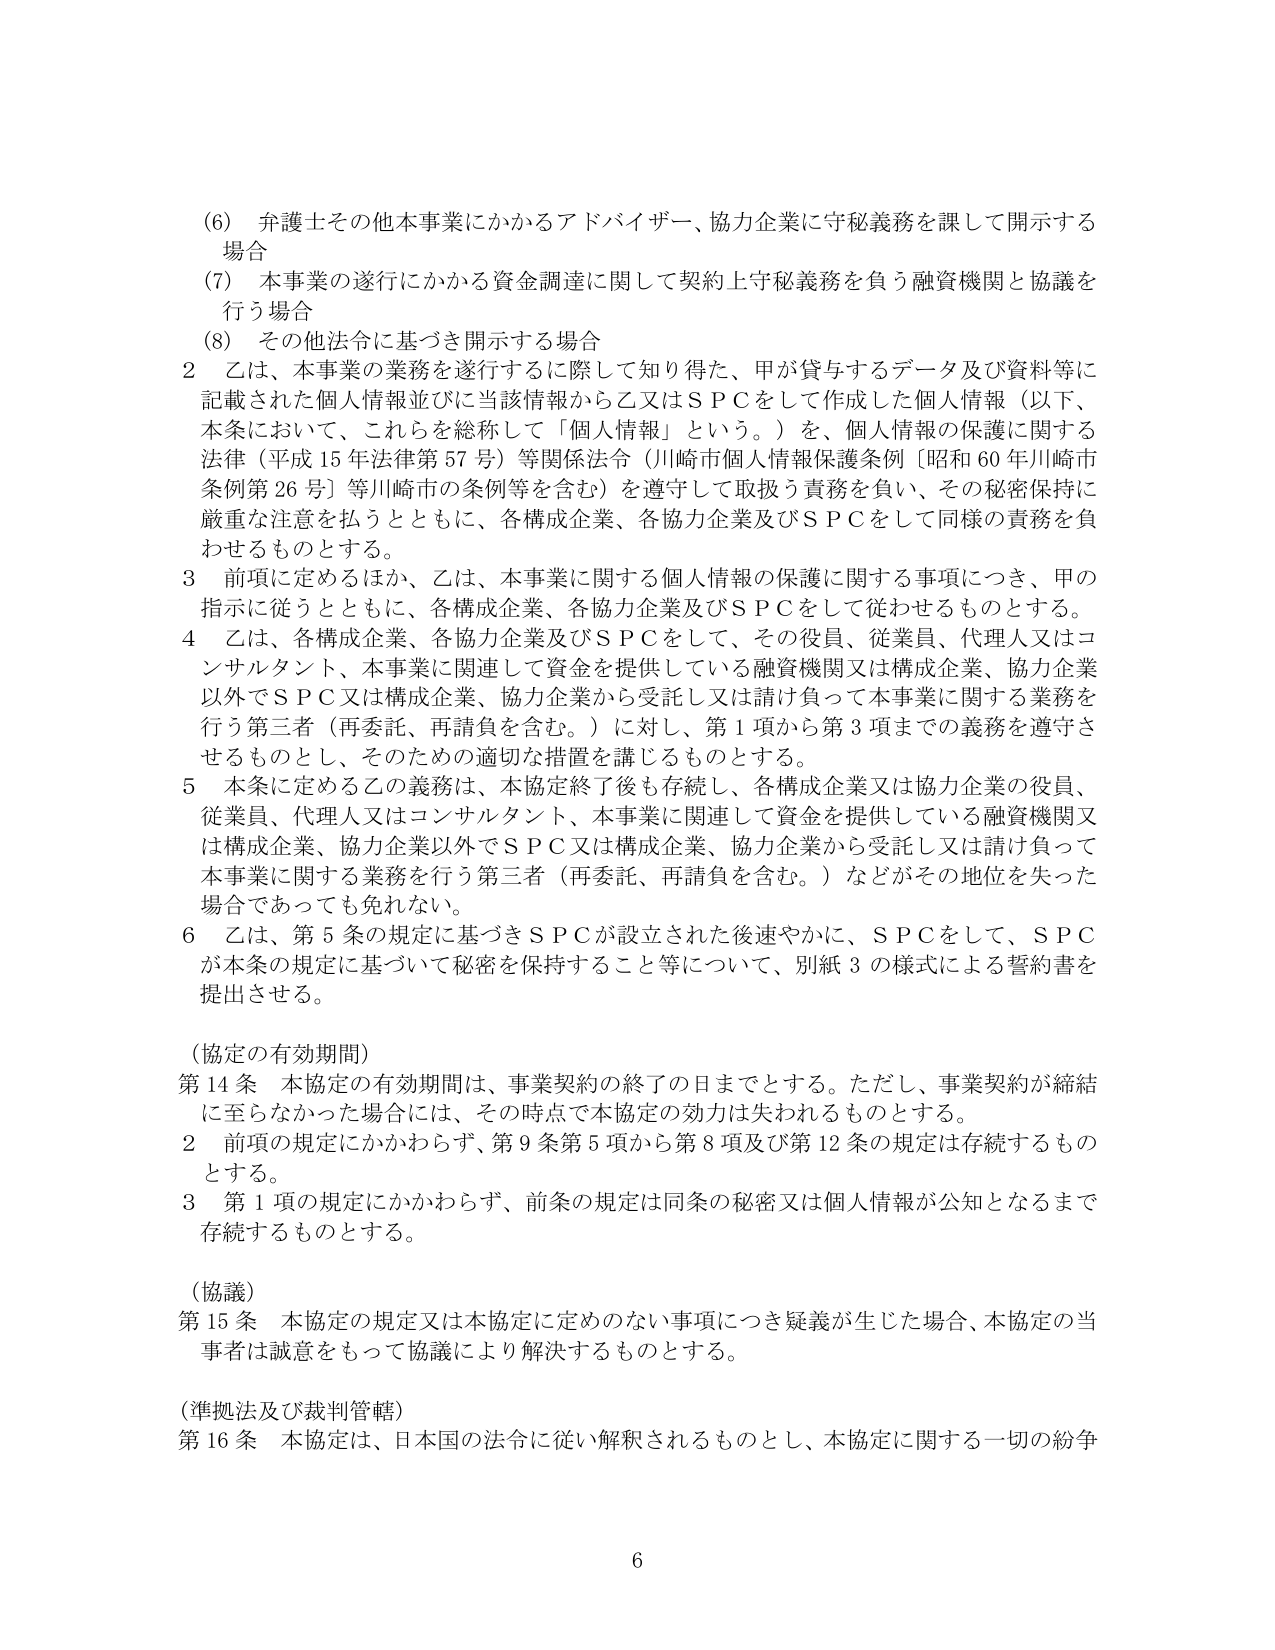
(6) 弁護士その他本事業にかかるアドバイザー、協力企業に守秘義務を課して開示する場合
(7) 本事業の遂行にかかる資金調達に関して契約上守秘義務を負う融資機関と協議を行う場合
(8) その他法令に基づき開示する場合

2 乙は、本事業の業務を遂行するに際して知り得た、甲が貸与するデータ及び資料等に記載された個人情報並びに当該情報から乙又はＳＰＣをして作成した個人情報（以下、本条において、これらを総称して「個人情報」という。）を、個人情報の保護に関する法律（平成15年法律第57号）等関係法令（川崎市個人情報保護条例〔昭和60年川崎市条例第26号〕等川崎市の条例等を含む）を遵守して取扱う責務を負い、その秘密保持に厳重な注意を払うとともに、各構成企業、各協力企業及びＳＰＣをして同様の責務を負わせるものとする。

3 前項に定めるほか、乙は、本事業に関する個人情報の保護に関する事項につき、甲の指示に従うとともに、各構成企業、各協力企業及びＳＰＣをして従わせるものとする。

4 乙は、各構成企業、各協力企業及びＳＰＣをして、その役員、従業員、代理人又はコンサルタント、本事業に関連して資金を提供している融資機関又は構成企業、協力企業以外でＳＰＣ又は構成企業、協力企業から受託し又は請け負って本事業に関する業務を行う第三者（再委託、再請負を含む。）に対し、第1項から第3項までの義務を遵守させるものとし、そのための適切な措置を講じるものとする。

5 本条に定める乙の義務は、本協定終了後も存続し、各構成企業又は協力企業の役員、従業員、代理人又はコンサルタント、本事業に関連して資金を提供している融資機関又は構成企業、協力企業以外でＳＰＣ又は構成企業、協力企業から受託し又は請け負って本事業に関する業務を行う第三者（再委託、再請負を含む。）などがその地位を失った場合であっても免れない。

6 乙は、第5条の規定に基づきＳＰＣが設立された後速やかに、ＳＰＣをして、ＳＰＣが本条の規定に基づいて秘密を保持すること等について、別紙3の様式による誓約書を提出させる。

（協定の有効期間）
第14条 本協定の有効期間は、事業契約の終了の日までとする。ただし、事業契約が締結に至らなかった場合には、その時点で本協定の効力は失われるものとする。
2 前項の規定にかかわらず、第9条第5項から第8項及び第12条の規定は存続するものとする。
3 第1項の規定にかかわらず、前条の規定は同条の秘密又は個人情報が公知となるまで存続するものとする。

（協議）
第15条 本協定の規定又は本協定に定めのない事項につき疑義が生じた場合、本協定の当事者は誠意をもって協議により解決するものとする。

（準拠法及び裁判管轄）
第16条 本協定は、日本国の法令に従い解釈されるものとし、本協定に関する一切の紛争

6